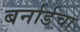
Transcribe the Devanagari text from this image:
बर्नार्डचा